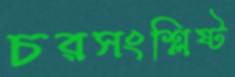
চরসংশ্লিষ্ট